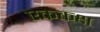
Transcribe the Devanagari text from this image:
एककक्ष